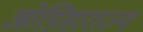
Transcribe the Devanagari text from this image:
ओडिसाराज्य